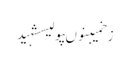
زخمیبنوںپولیسشہید